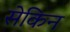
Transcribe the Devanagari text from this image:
सेकिन